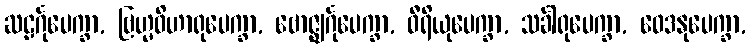
ဆဠင်္ဂုပေက္ခာ, ဗြဟ္မဝိဟာရုပေက္ခာ, ဗောဇ္ဈင်္ဂုပေက္ခာ, ဝီရိယုပေက္ခာ, သင်္ခါရုပေက္ခာ, ဝေဒနုပေက္ခာ,